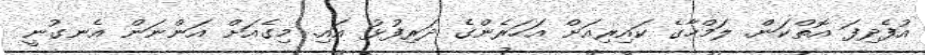
އުފެދިފަ އޮތްކަން. ލަމްހާގެ ކައިރިއަށް އަހަރެންގެ ދަރިފުޅު އައި. މިގެއަށް އަންނަން އެނގުނީ